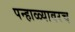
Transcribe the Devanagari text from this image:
पन्हाळ्यावरच